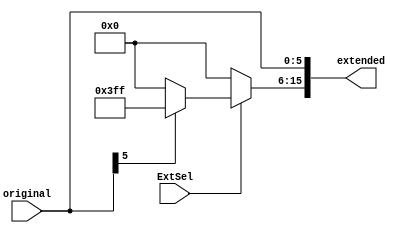
module ImmediateExtend(
    input [5:0] original,
    input ExtSel,    // 0: Zero-extend; 1: Sign-extend.
    output reg [15:0] extended
    );
    
    always @(*) begin
        extended[5:0] <= original;    // 16
        if(ExtSel == 0) begin    // Zero-extend 
            extended[15:6] <= 0;
        end
        else begin    // Sign-extended 
            if(original[5] == 0) extended[15:6] <= 0;
            else extended[15:6] <= 10'b1111111111;
        end
    end
    
endmodule